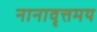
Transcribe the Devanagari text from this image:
नानावृत्तमय